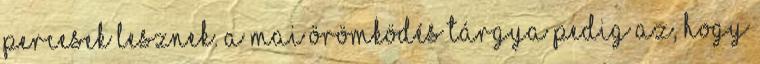
percesek lesznek. A mai örömködés tárgya pedig az, hogy